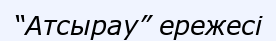
“Атсырау” ережесі